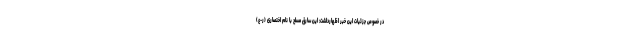
در خصوص جزئیات این خبر اظهارداشت: این سارق مسلح با نام اختصاری (ر-ع)